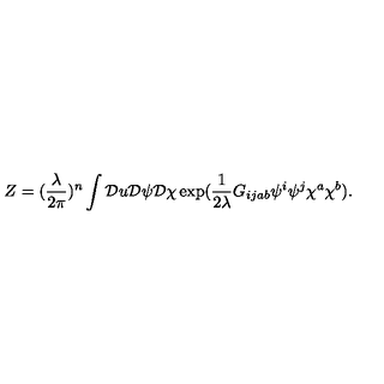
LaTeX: Z = ( \frac { \lambda } { 2 \pi } ) ^ { n } \displaystyle \int { \cal D } u { \cal D } \psi { \cal D } \chi \exp ( \frac { 1 } { 2 \lambda } G _ { i j a b } \psi ^ { i } \psi ^ { j } \chi ^ { a } \chi ^ { b } ) .